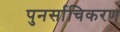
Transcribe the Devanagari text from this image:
पुनर्साचिकरण